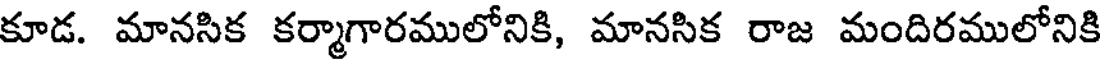
కూడ. మానసిక కర్మాగారములోనికి, మానసిక రాజ మందిరములోనికి